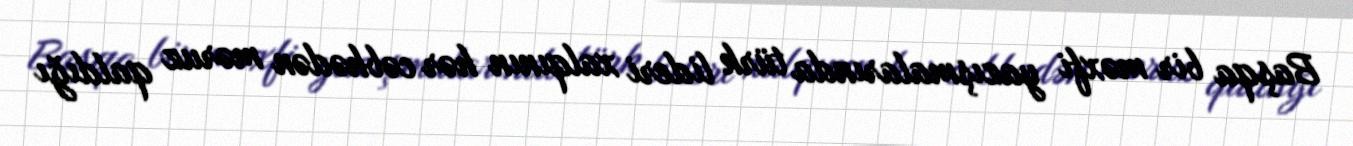
Başqa bir məxfi yazışmalarında türk lideri xalqının hər cəbhədən məruz qaldığı